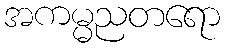
အကမ္မညတရော